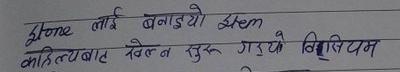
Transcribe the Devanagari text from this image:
Stone लाई बनाइयो Stem
काहित्यबाट विल्लन सुरु गर्यो विलियम